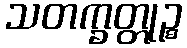
သတက္ခတ္တုဉ္စ